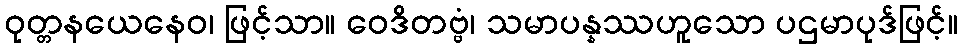
ဝုတ္တနယေနေဝ၊ ဖြင့်သာ။ ဝေဒိတဗ္ဗံ၊ သမာပန္နဿဟူသော ပဌမာပုဒ်ဖြင့်။